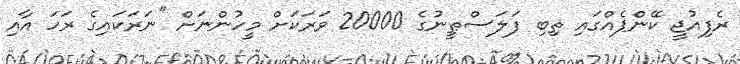
ރެފިއުޖީ ކޭންޕެއްގައި ތިބި ފަލަސްޠީނުގެ 20000 ވަރަކަށް މީހުންނަށް "ނަރަކައިގެ ރަހަ އާއި